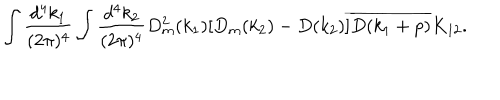
\begin{array} { c } { { \displaystyle \int \frac { d ^ { 4 } k _ { 1 } } { ( 2 \pi ) ^ { 4 } } \int \frac { d ^ { 4 } k _ { 2 } } { ( 2 \pi ) ^ { 4 } } D _ { m } ^ { 2 } ( k _ { 1 } ) [ D _ { m } ( k _ { 2 } ) - D ( k _ { 2 } ) ] \overline { { { D ( k _ { 1 } + p ) } } } K _ { 1 2 } . } } \\ \end{array}